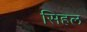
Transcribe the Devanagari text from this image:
सिहल